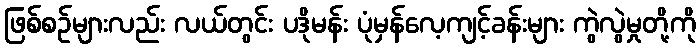
ဖြစ်စဉ်များလည်း လယ်တွင်း ပဒိုမန်း ပုံမှန်လေ့ကျင့်ခန်းများ ကွဲလွဲမှုတို့ကို